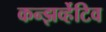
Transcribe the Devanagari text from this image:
कन्झर्व्हेटिव